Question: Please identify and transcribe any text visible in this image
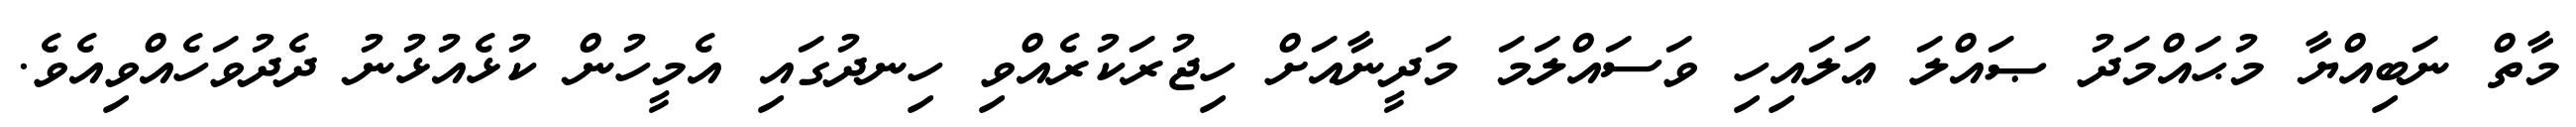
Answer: މާތް ނަބިއްޔާ މުޙައްމަދު ޞައްލަ ޢަލައިހި ވަސައްލަމަ މަދީނާއަށް ހިޖުރަކުރެއްވި ހިނދުގައި އެމީހުން ކުޅެއުޅުނު ދެދުވަހެއްވިއެވެ.